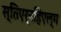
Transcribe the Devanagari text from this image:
स्तिएर्नहिएल्म